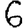
Digit: 6